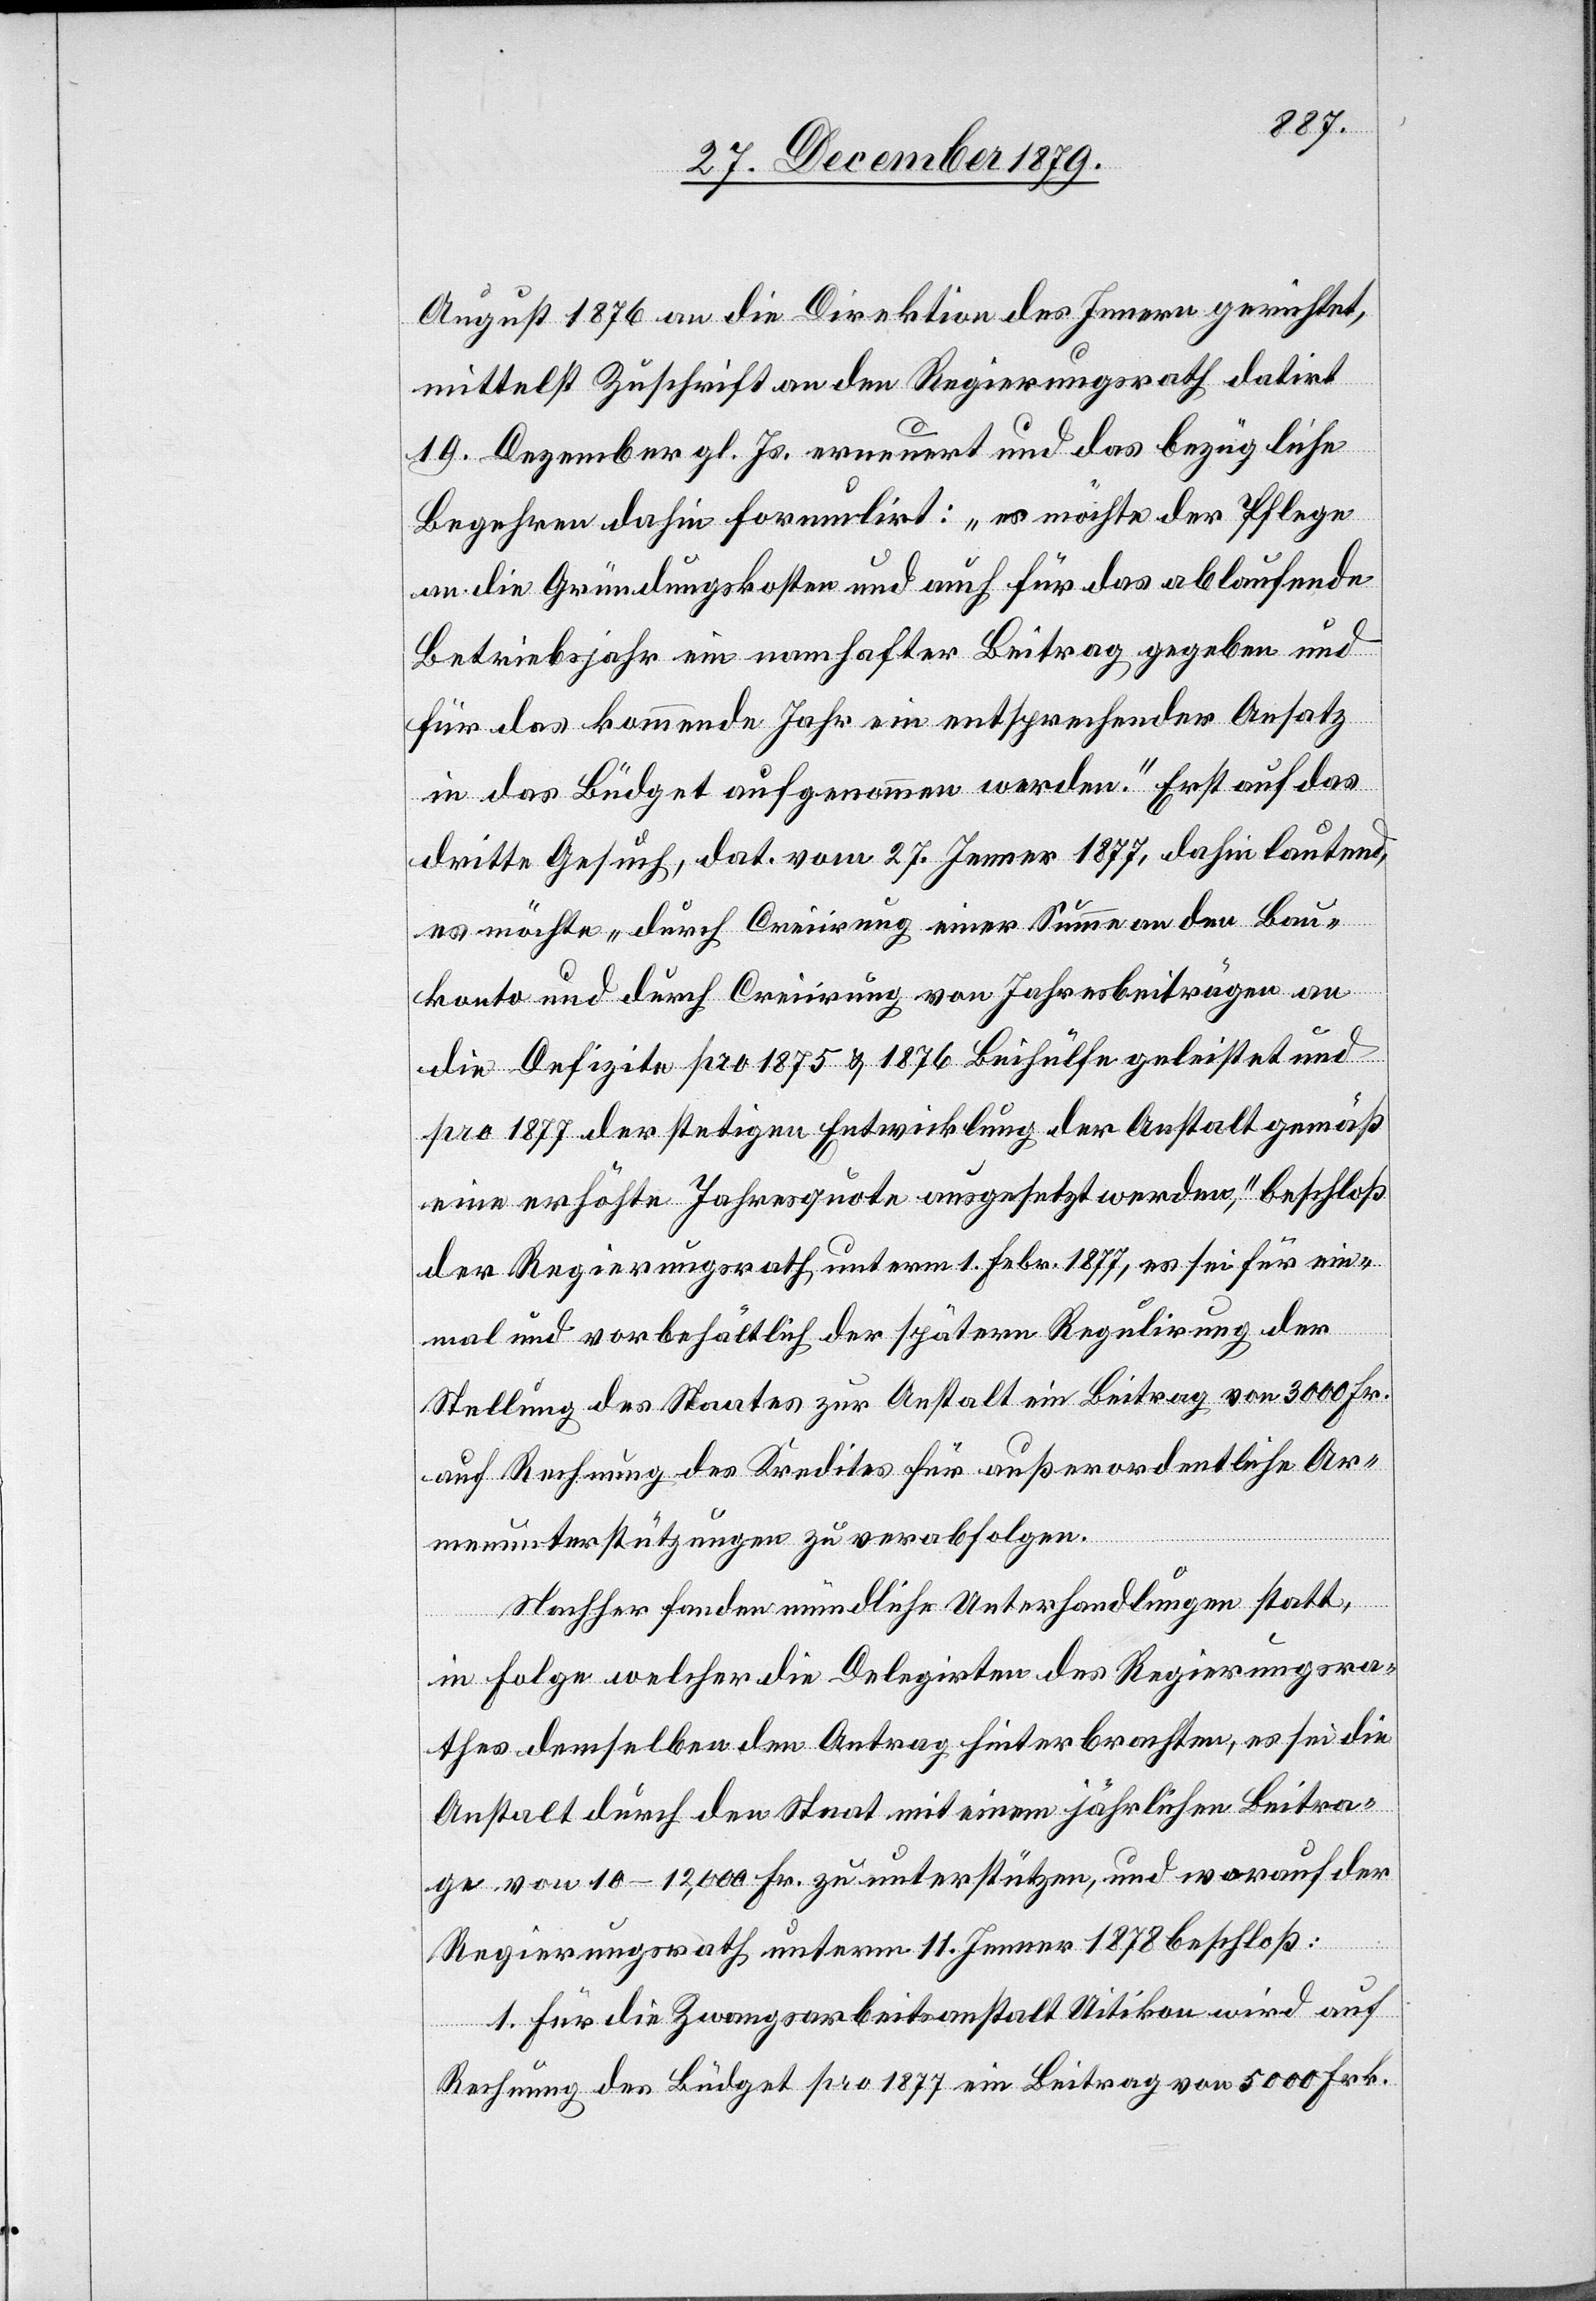
August 1876 an die Direktion des Innern gerichtet,
mittelst Zuschrift an den Regierungsrath datirt
19. Dezember gl. Js. erneuert und das bezügliche
Begehren dahin formulirt: „es möchte der Pflege
an die Gründungskosten und auch für das ablaufende
Betriebsjahr ein namhafter Beitrag gegeben und
für das kommende Jahr ein entsprechender Ansatz
in das Büdget aufgenommen werden.“ Erst auf das
dritte Gesuch, dat. vom 27. Jenner 1877, dahin lautend,
es möchte „durch Creiirung einer Summe an den Bau¬
konto und durch Creiirung von Jahresbeiträgen an
die Defizite pro 1875 & 1876 Beihülfe geleistet und
pro 1877 der stetigen Entwicklung der Anstalt gemäß
eine erhöhte Jahresquote ausgesetzt werden“, beschloß
der Regierungsrath, unterm 1. Febr. 1877, es sei für ein¬
mal und vorbehältlich der spätern Regulirung der
Stellung des Staates zur Anstalt ein Beitrag von 3000 Fr.
auf Rechnung des Kredites für außerordentliche Ar¬
menunterstützungen zu verabfolgen.
Nachher fanden mündliche Unterhandlungen statt,
in Folge welcher die Delegirten des Regierungsra¬
thes demselben den Antrag hinterbrachten, es sei die
Anstalt durch den Staat mit einem jährlichen Beitra¬
g von 10–12,000 Fr. zu unterstützen, und worauf der
Regierungsrath unterm 11. Jenner 1878 beschloß:
1. Für die Zwangsarbeitsanstalt Uitikon wird auf
Rechnung des Büdget pro 1877 ein Beitrag von 5000 Frk.